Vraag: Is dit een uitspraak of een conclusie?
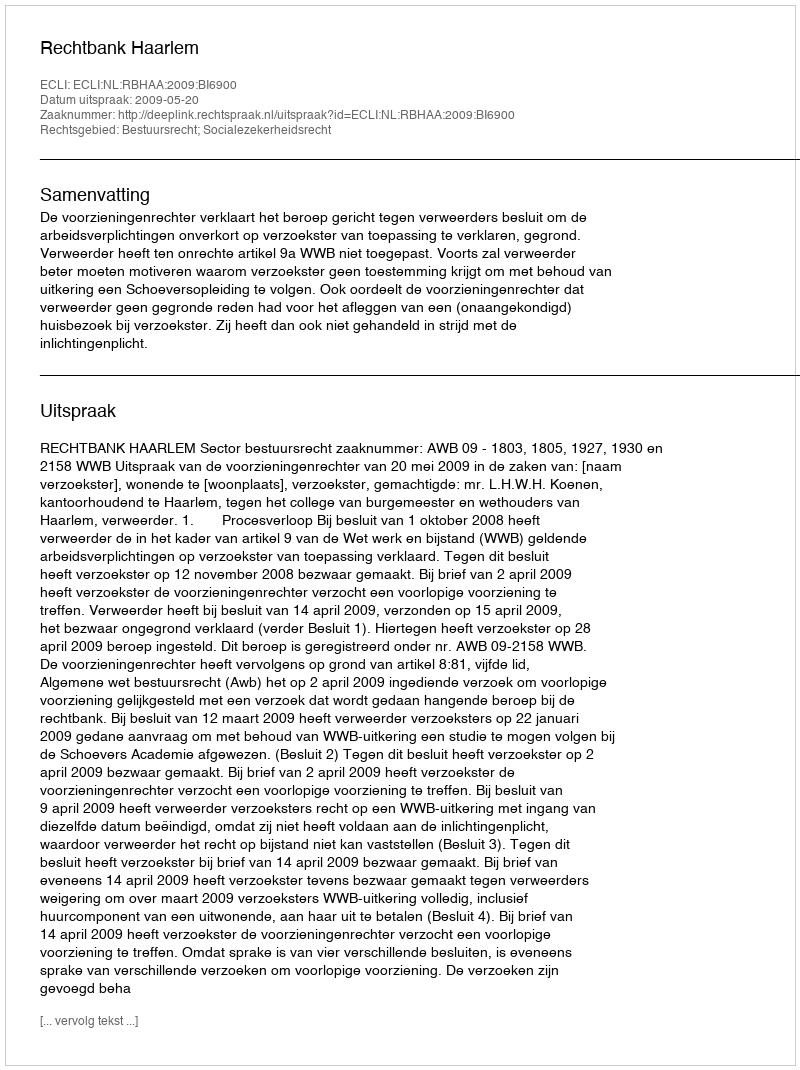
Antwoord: Uitspraak